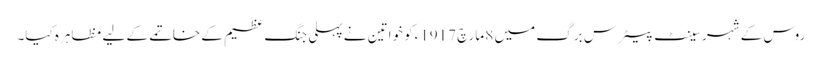
روس کے شہر سینٹ پیٹرس برگ میں 8 مارچ 1917ءکو خواتین نے پہلی جنگِ عظیم کے خاتمے کے لیے مظاہرہ کیا۔